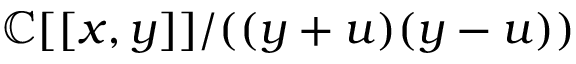
\mathbb { C } [ [ x , y ] ] / ( ( y + u ) ( y - u ) )